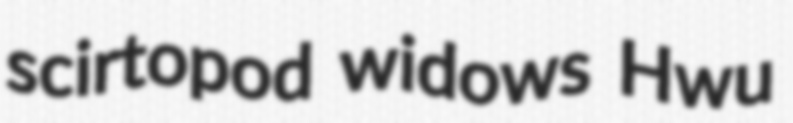
scirtopod widows Hwu